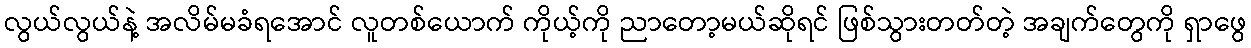
လွယ်လွယ်နဲ့ အလိမ်မခံရအောင် လူတစ်ယောက် ကိုယ့်ကို ညာတော့မယ်ဆိုရင် ဖြစ်သွားတတ်တဲ့ အချက်တွေကို ရှာဖွေ